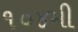
૧૦૪મી